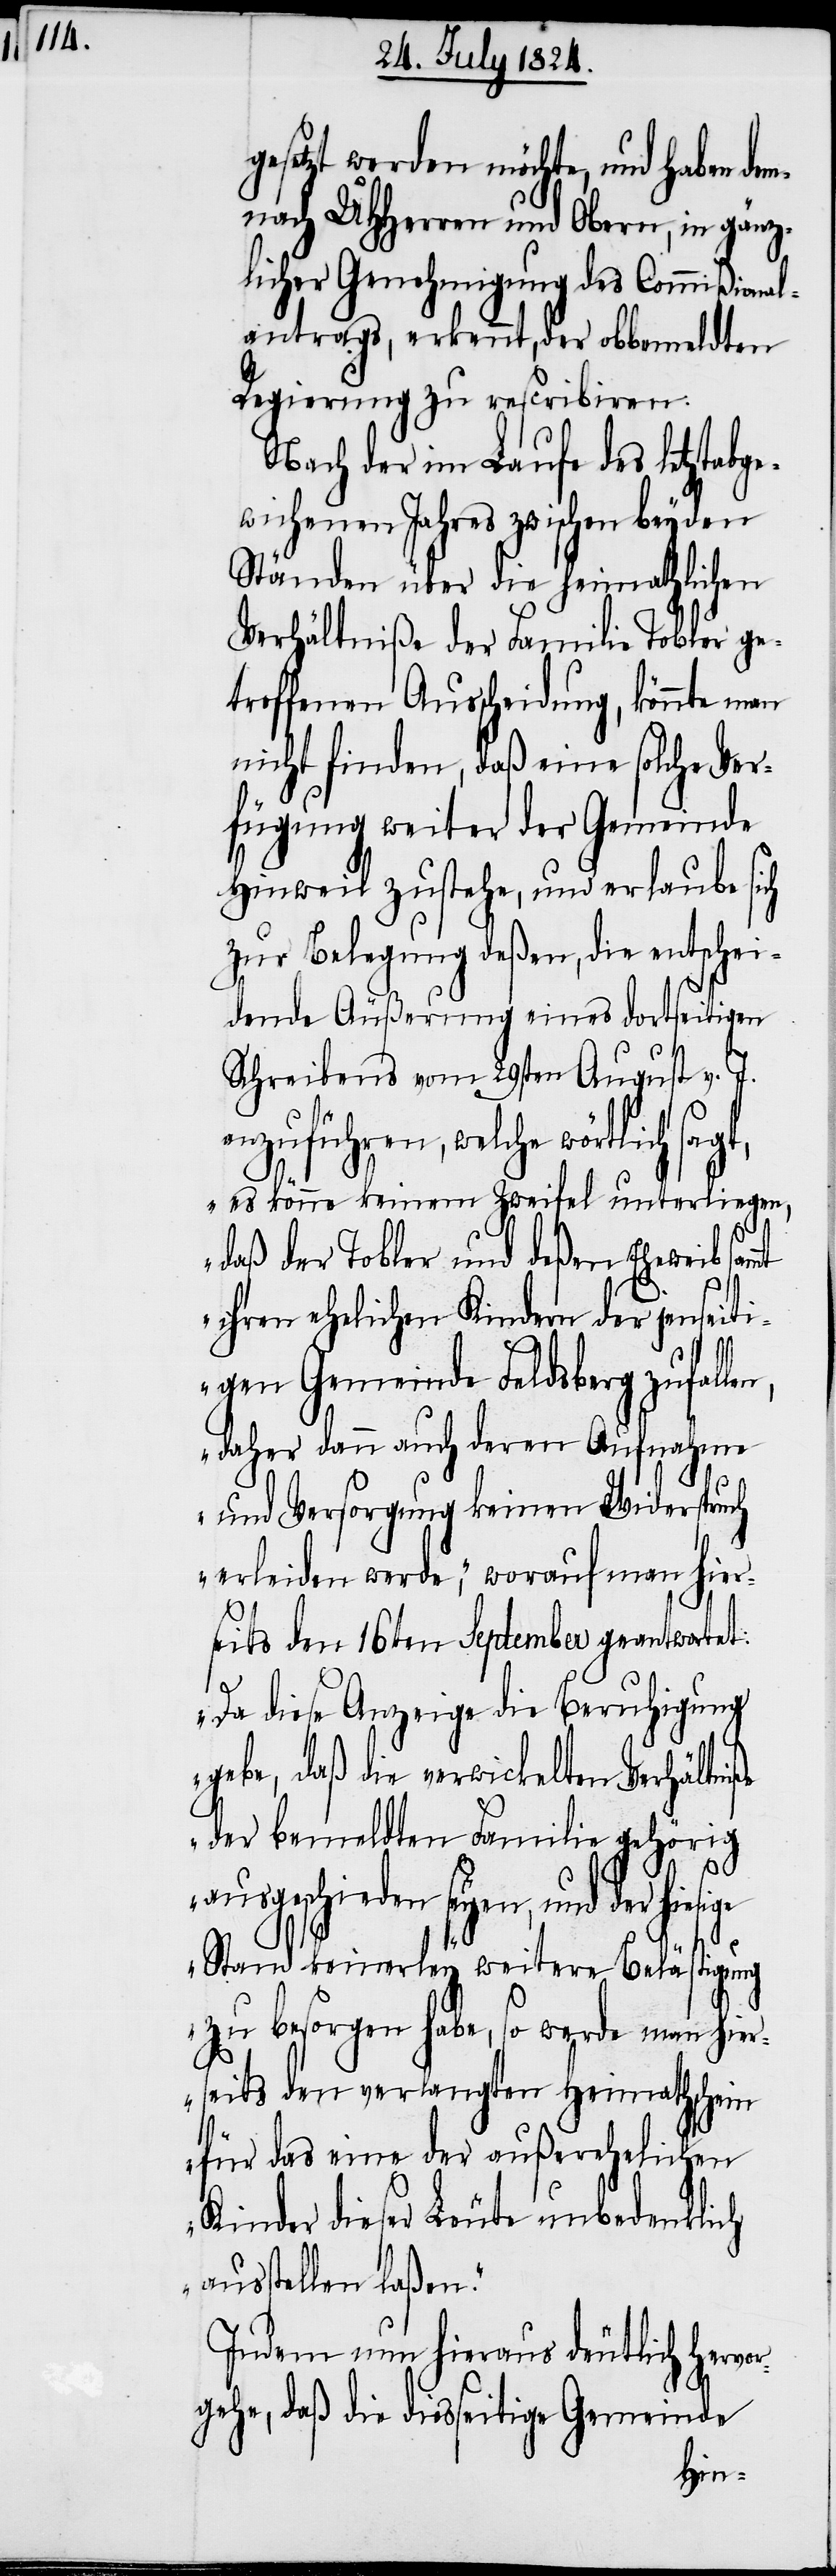
gesetzt werden möchte, und haben dem¬
nach UHHerren und Obern, in gänz¬
licher Genehmigung des Commißional¬
antrags, erkennt, der obbemeldten
Regierung zu rescribire¬
n.
sagt,
Nach der im Laufe des
en,
wichenen Jahres zwischen
Ständen über die heimathlichen
ler ge¬
Verhältniße der Familie
te man
troffenen Ausscheidung,
nicht finden, daß eine solche Ver¬
inde
fügung weiter der Ge¬
Hinweil zustehe, und erlaube sich
sige
zur Belegung deßen, die
idende Äußerung eines dortseitigen
v. J.
Schreibens vom 29sten August
anzuführen, welche wörtlich
liegen,
„es könne keinem Zweifel u¬
nter¬
daß der Tobler und deßen
ihren ehelichen Kindern der jenseiti¬
gen Gemeinde Feldsberg zufall¬
daher dann auch deren Aufnahme
und Versorgung keinen Widerspr¬
erleiden werde,“ worauf man hier¬
seits den 16ten September geantwortet:
a¬
„Da diese Anzeige die Beruhigung
gebe, daß die verwickelten Verhältniße
der bemeldten Familie gehörig
usgeschieden seyen, und der hie¬
Stand keinerley weitere Belästigung
zu besorgen habe, so werde man hier¬
seits den verlangten Heimathschein
für das eine der außerehelichen
Kinder dieser Leute unbedenklich
ausstellen laßen.“
Indem nun hieraus deutlich hervo¬
rgehe, daß die diesseitige Gemeinde